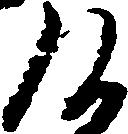
候